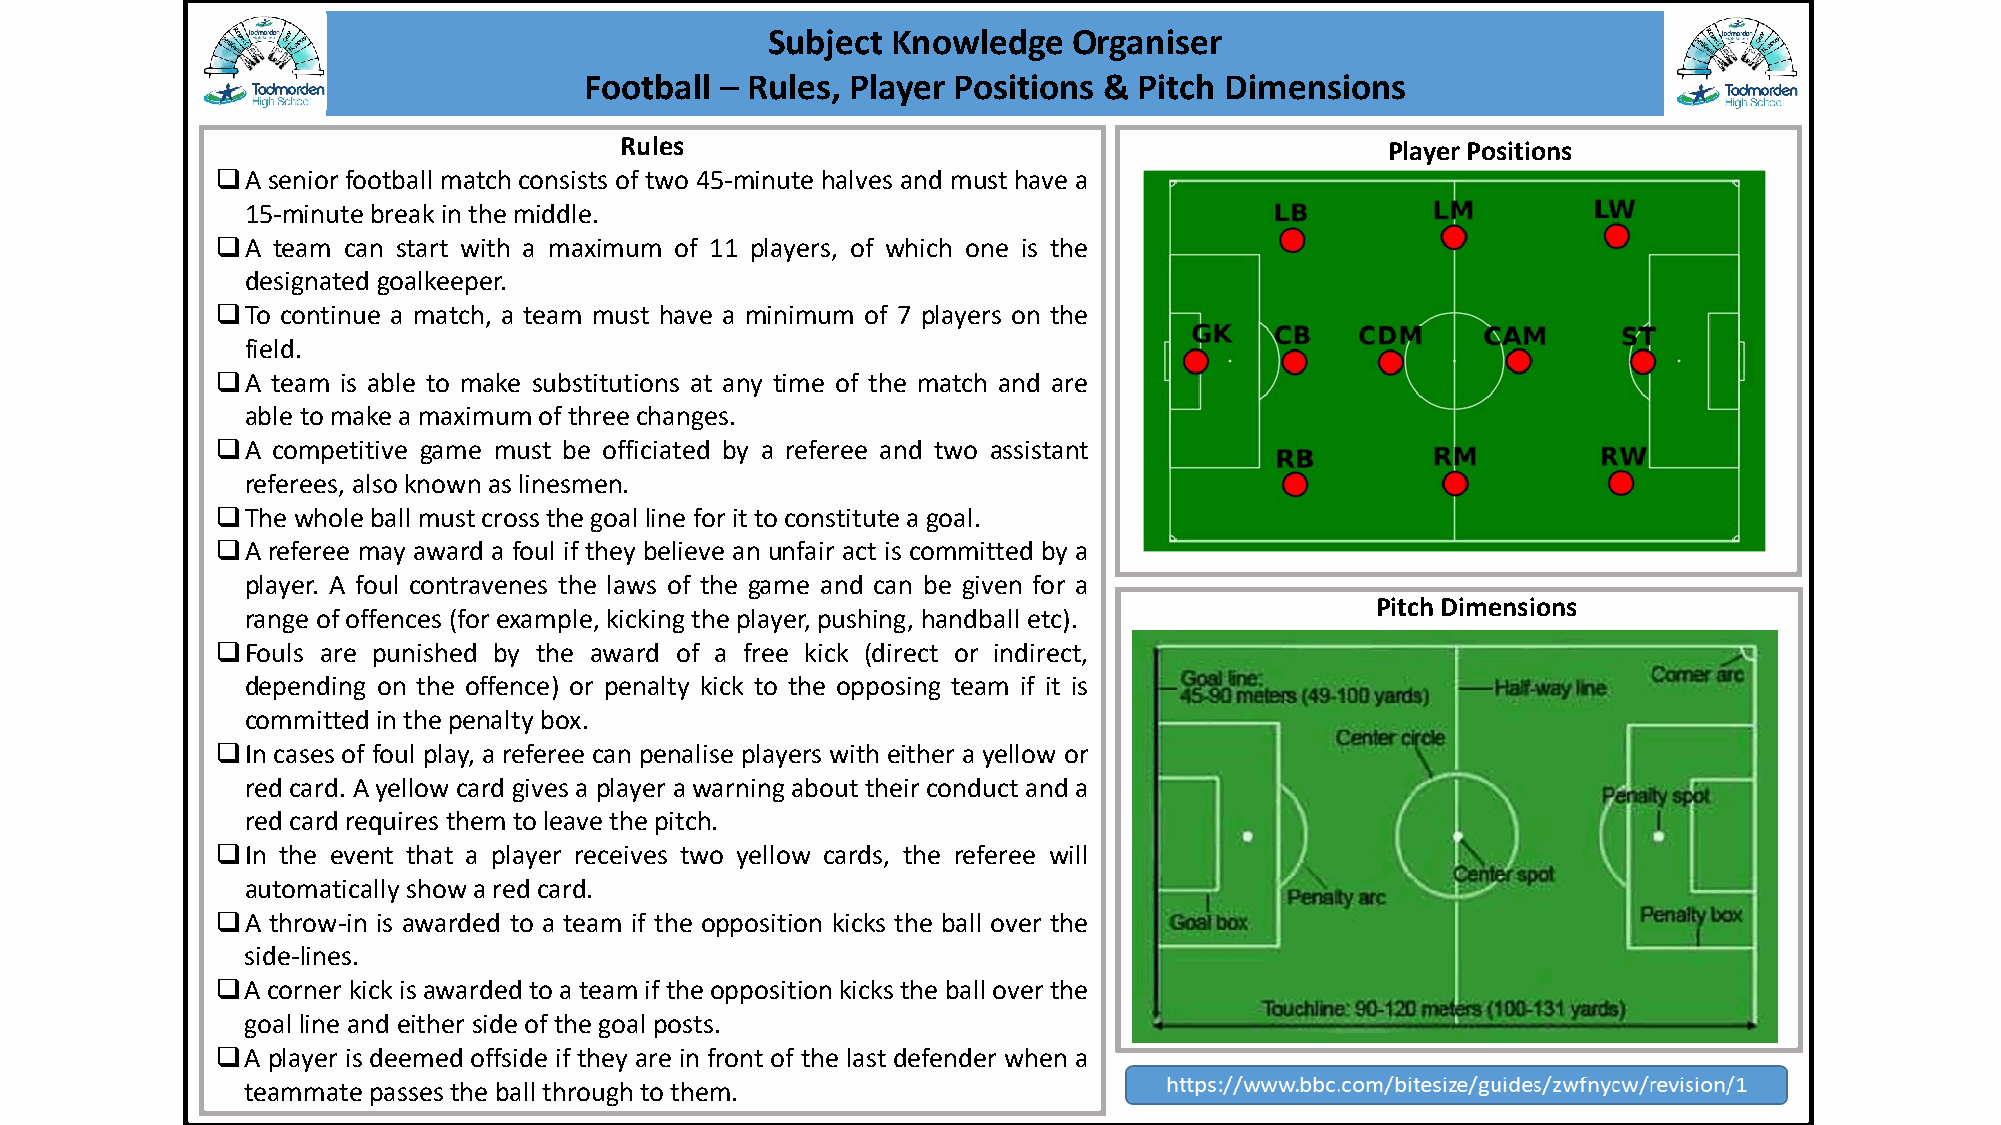
Subject Knowledge   Organiser
 Football – Rules, Player Positions & Pitch Dimensions
 Rules                                              Player Positions
 A  senior football match consists of two 45-minute halves and must have a
 15-minutebreak inthemiddle.
 A  team can start with a maximum of 11 players, of which one is the
 designated goalkeeper.
 To  continue a match, a team must have a minimum of 7 players on the
 field.
 A  team is able to make substitutions at any time of the match and are
 able tomakeamaximumofthree changes.
 A  competitive game must be officiated by a referee and two assistant
 referees, alsoknownaslinesmen.
 The wholeball mustcrossthegoal line forit toconstituteagoal.
 A  referee may award a foul if they believe an unfair act is committed by a
 player. A foul contravenes the laws of the game and can be given for a
 Pitch Dimensions
 range ofoffences (forexample, kicking theplayer, pushing, handball etc).
 Fouls are punished by the award of a free kick (direct or indirect,
 depending on the offence) or penalty kick to the opposing team if it is
 committedin thepenalty box.
 In cases of foul play, a referee can penalise players with either a yellow or
 red card. Ayellow card gives a player awarning about their conduct anda
 red card requires themtoleave thepitch.
 In the event that a player receives two yellow cards, the referee will
 automaticallyshowared card.
 A  throw-in is awarded to a team if the opposition kicks the ball over the
 side-lines.
 A  corner kick isawarded to ateamifthe opposition kicksthe ball overthe
 goal line and either sideofthegoal posts.
 A  player is deemed offside if they are in front of the last defender when a
 teammatepassestheball through tothem.